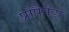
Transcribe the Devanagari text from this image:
प्रोपैगेंडा